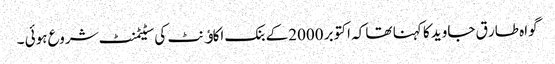
گواہ طار ق جاوید کا کہنا تھا کہ اکتوبر 2000کے بنک اکاﺅنٹ کی سٹیٹمنٹ شروع ہوئی ۔